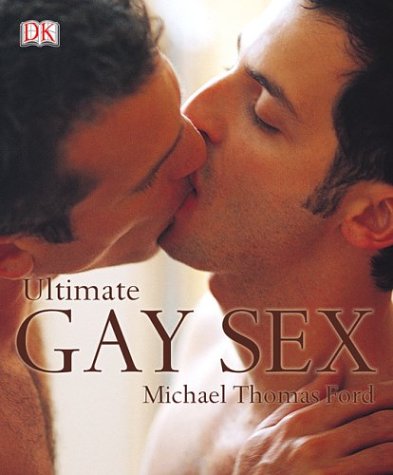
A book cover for Ultimate Gay Sex; Michael Thomas Ford; Gay & Lesbian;